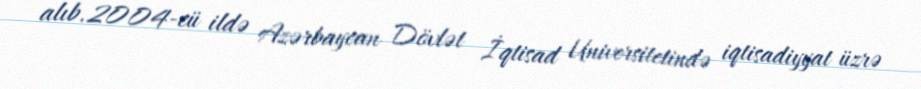
alıb.2004-cü ildə Azərbaycan Dövlət İqtisad Universitetində iqtisadiyyat üzrə